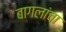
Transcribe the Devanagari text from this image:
बागलांचा